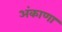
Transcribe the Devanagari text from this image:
अंकाणा